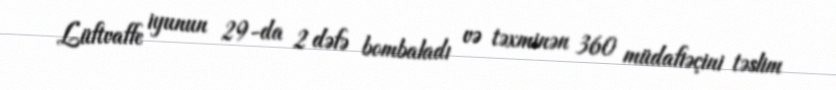
Lüftvaffe iyunun 29-da 2 dəfə bombaladı və təxminən 360 müdafiəçini təslim